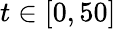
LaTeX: t\in[0,50]